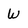
Character: W